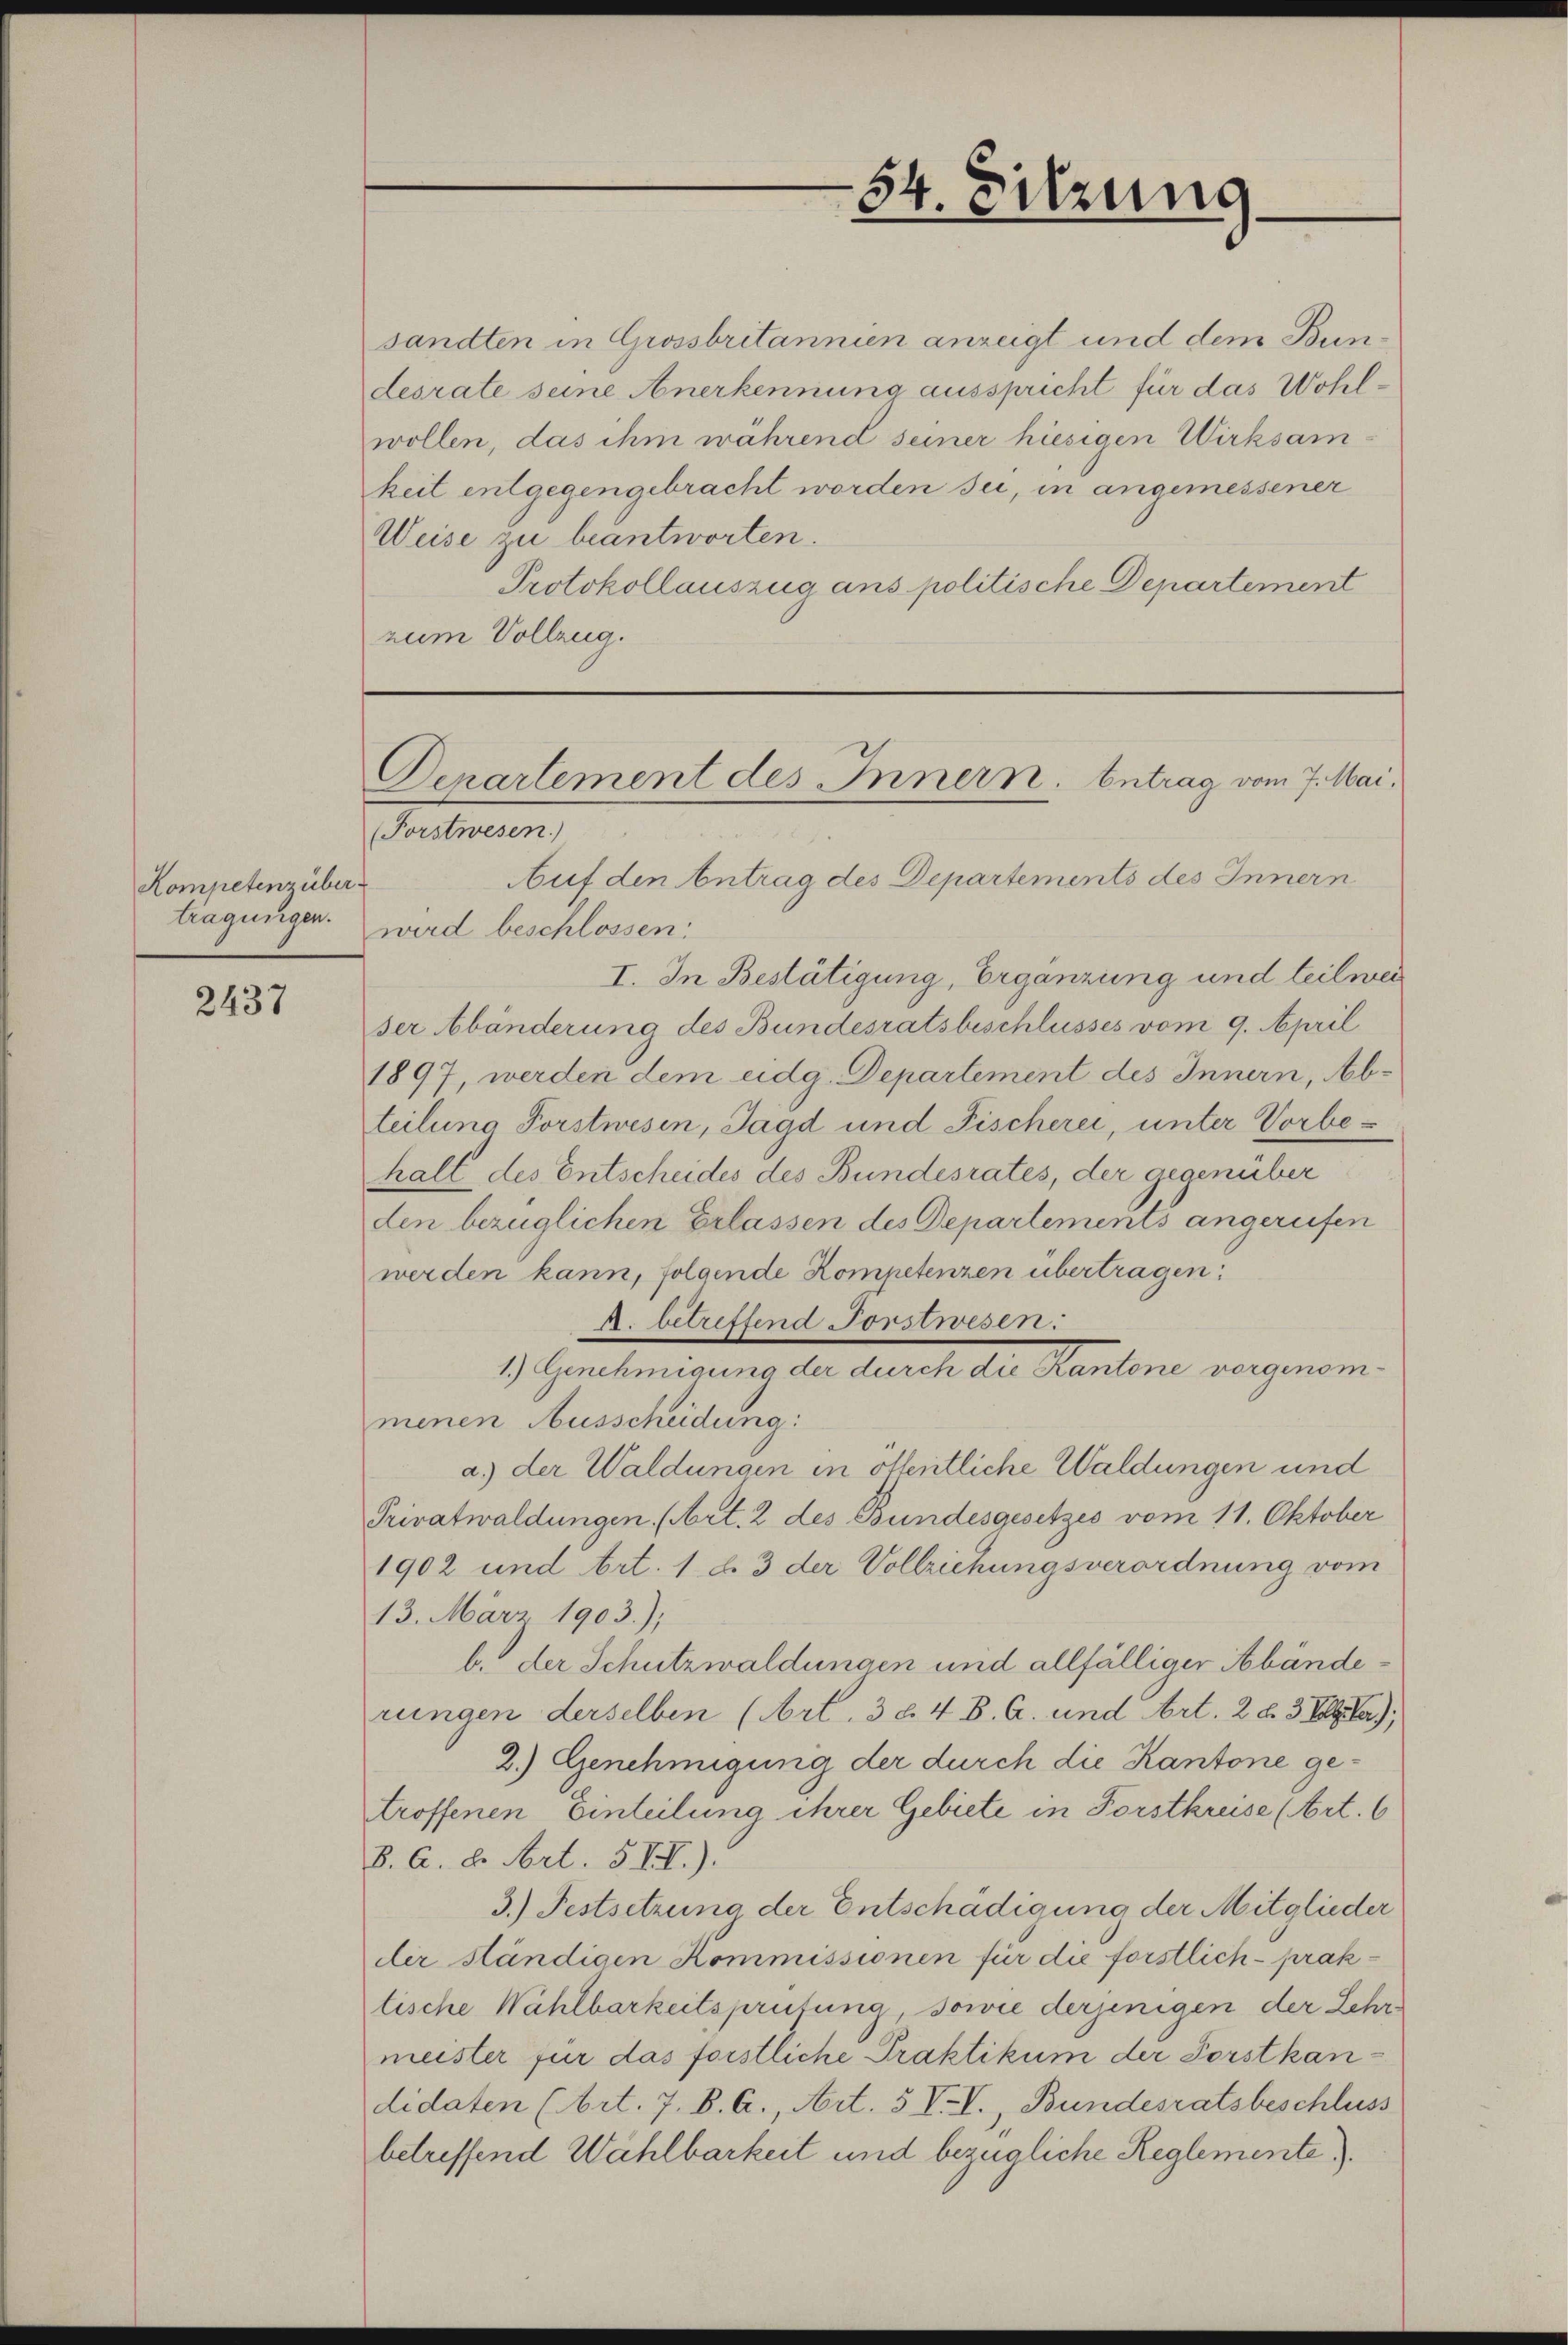
Kompetenz über
tragungen.

2437

sandten in Grossbritannien anzeigt und dem Bundesrate seine Anerkennung ausspricht für das Wohlwollen, das ihm während seiner hiesigen Wirksamkeit entgegengebracht worden sei, in angemessener
Weise zu beantworten.
Protokollauszug ans politische Departement
zum Vollzug.

5
34. Sitzung

Departement des Innern, Antrag vom 7. Mai.

(Forstwesen)
Auf den Antrag des Departements des Innern
wird beschlossen:
I. In Bestätigung, Ergänzung und teilwei
ser Abänderung des Bundesratsbeschlusses vom 9. April
1897, werden dem eidg. Departement des Innern, Abteilung Forstwesen, Jagd und Fischerei, unter Vorbehalt des Entscheides des Bundesrates, der gegenüber
den bezüglichen Erlassen des Departements angerufen
werden kann, folgende Kompetenzen übertragen:
A. betreffend Forstwesen.
1.) Genehmigung der durch die Kantone vorgenommenen Ausscheidung:
a) der Waldungen in öffentliche Waldungen und
Privatwaldungen (Art. 2 des Bundesgesetzes vom 11. Oktober
1902 und Art. 1 d. 3 der Vollziehungsverordnung vom
13. März 1903.);
b. der Schutzwaldungen und allfälliger Abänderungen derselben (Art. 3 d. 4. B. A. und Art. 283 Aller),
2.) Genehmigung der durch die Kantone getroffenen Einteilung ihrer Gebiete in Forstkreise (Art. 6
8. C. c. Art. 5 II).
3.) Festsetzung der Entschädigung der Mitglieder
der ständigen Kommissionen für die förstlich- praktische Wahlbarkeitsprütung, sowie derjenigen der Lehr
meister für das forstliche Praktikum der Forstkandidaten (Art. 7. B. A., Art. 5 V. I., Bundesratsbeschluss
betreffend Wählbarkeit und bezügliche Reglemente